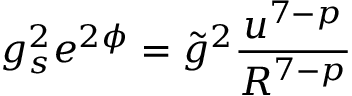
g _ { s } ^ { 2 } e ^ { 2 \phi } = \tilde { g } ^ { 2 } \frac { u ^ { 7 - p } } { R ^ { 7 - p } }